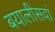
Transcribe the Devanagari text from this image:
बयालीसवां